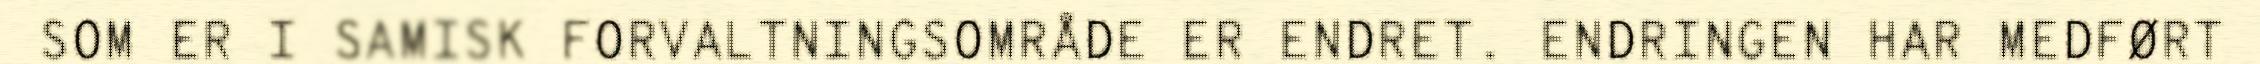
SOM ER I SAMISK FORVALTNINGSOMRÅDE ER ENDRET. ENDRINGEN HAR MEDFØRT